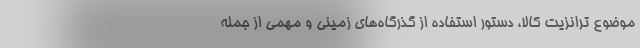
موضوع ترانزیت کالا، دستور استفاده از گذرگاه‌های زمینی و مهمی از جمله